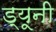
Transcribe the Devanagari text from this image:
ड्यूनी